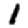
Digit: 1